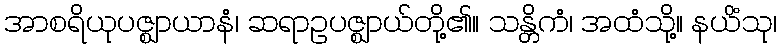
အာစရိယုပဇ္ဈာယာနံ၊ ဆရာဥပဇ္ဈာယ်တို့၏။ သန္တိကံ၊ အထံသို့။ နယိံသု၊